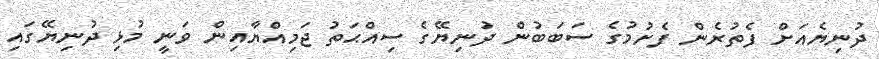
ދުނިޔެއަށް ފެތުރެން ފެށުމުގެ ސަބަބުން ދުނިޔޭގެ ސިއްޙަތު ޖަމިއްޔާއިން ވަނީ މުޅި ދުނިޔޭގައި